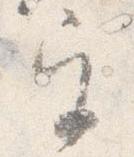
宮